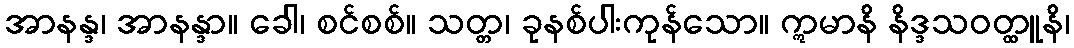
အာနန္ဒ၊ အာနန္ဒာ။ ခေါ၊ စင်စစ်။ သတ္တ၊ ခုနစ်ပါးကုန်သော။ ဣမာနိ နိဒ္ဒသဝတ္ထူနိ၊